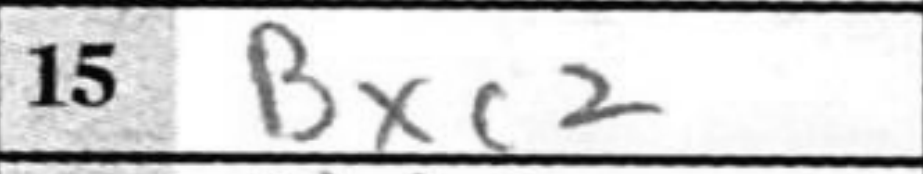
Transcription: Bxc2